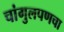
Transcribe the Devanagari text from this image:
चांगुलपणचा